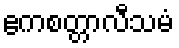
ဧကစတ္တာလီသမံ